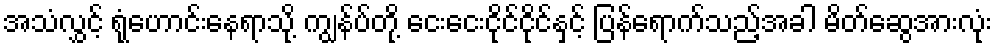
အသံလွှင့် ရုံဟောင်းနေရာသို့ ကျွန်ပ်တို့ ငေးငေးငိုင်ငိုင်နှင့် ပြန်ရောက်သည့်အခါ မိတ်ဆွေအားလုံး